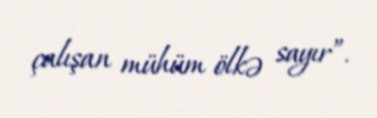
çalışan mühüm ölkə sayır”.